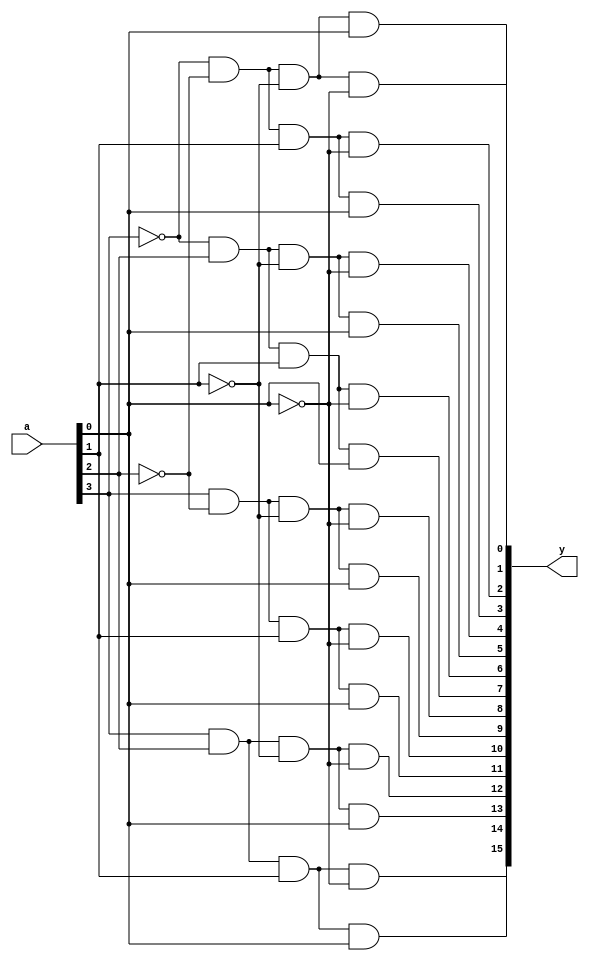
module Decoder_4to16(
    input [3:0] a,
    output [15:0] y
    );
wire [3:0] Na;
not (Na[0],a[0]);
not (Na[1],a[1]);
not (Na[2],a[2]);
not (Na[3],a[3]);

and (y[0],Na[3],Na[2],Na[1],Na[0]); //0000
and (y[1],Na[3],Na[2],Na[1],a[0]); //0001
and (y[2],Na[3],Na[2],a[1],Na[0]); //0010
and (y[3],Na[3],Na[2],a[1],a[0]); //0011
and (y[4],Na[3],a[2],Na[1],Na[0]); //0100
and (y[5],Na[3],a[2],Na[1],a[0]); //0101
and (y[6],Na[3],a[2],a[1],Na[0]); //0110
and (y[7],Na[3],a[2],a[1],a[0]); //0111
and (y[8],a[3],Na[2],Na[1],Na[0]); //1000
and (y[9],a[3],Na[2],Na[1],a[0]); //1001
and (y[10],a[3],Na[2],a[1],Na[0]); //1010
and (y[11],a[3],Na[2],a[1],a[0]); //1011
and (y[12],a[3],a[2],Na[1],Na[0]); //1100
and (y[13],a[3],a[2],Na[1],a[0]); //1101
and (y[14],a[3],a[2],a[1],Na[0]); //1110
and (y[15],a[3],a[2],a[1],a[0]); //1111

endmodule